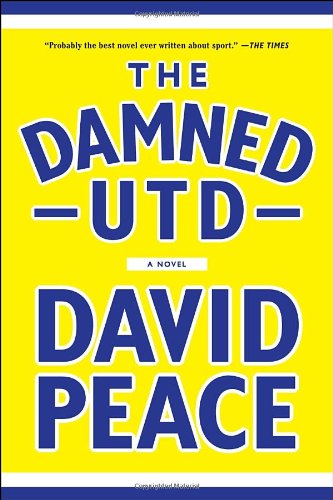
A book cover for The Damned Utd: A Novel; David Peace; Literature & Fiction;